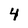
Character: 4